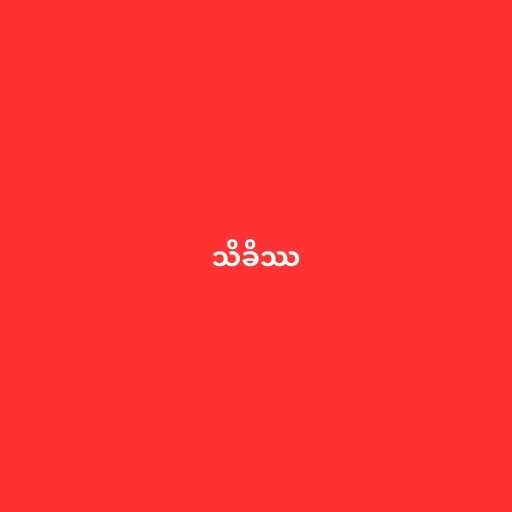
သိခိဿ